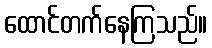
ထောင်တက်နေကြသည်။